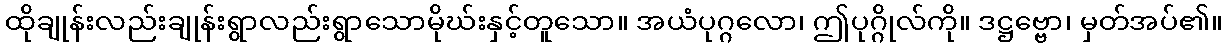
ထိုချုန်းလည်းချုန်းရွာလည်းရွာသောမိုဃ်းနှင့်တူသော။ အယံပုဂ္ဂလော၊ ဤပုဂ္ဂိုလ်ကို။ ဒဋ္ဌဗ္ဗော၊ မှတ်အပ်၏။